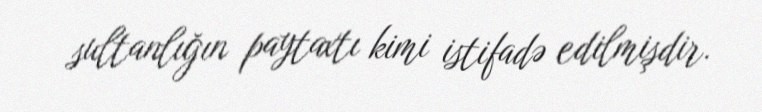
sultanlığın paytaxtı kimi istifadə edilmişdir.